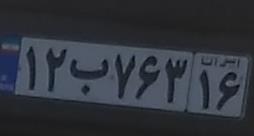
۱۲ب۷۶۳۱۶